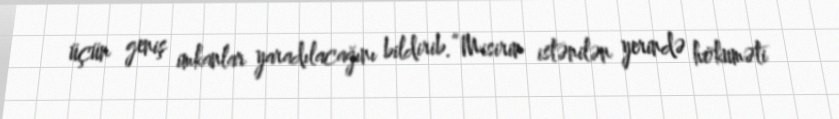
üçün geniş imkanlar yaradılacağını bildirib.“Misirin istənilən yerində hökuməti